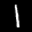
Label: 1